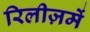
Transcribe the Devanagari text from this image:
रिलीज़में